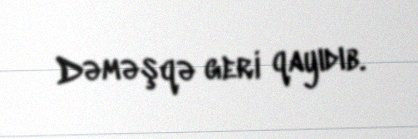
Dəməşqə geri qayıdıb.